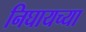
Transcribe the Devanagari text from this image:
निघायच्या